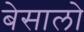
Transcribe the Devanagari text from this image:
बेसालो